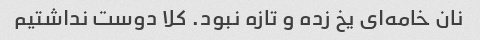
نان خامه‌ای یخ زده و تازه نبود. کلا دوست نداشتیم